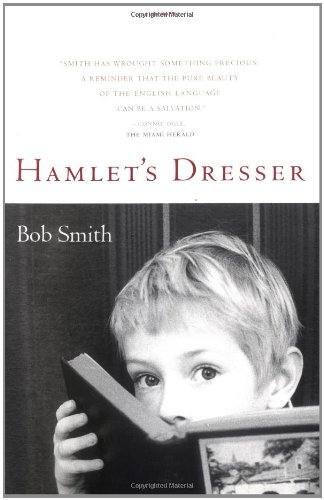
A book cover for Hamlet's Dresser: A Memoir; Bob Smith; Biographies & Memoirs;